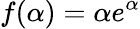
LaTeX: f(\alpha)=\alpha e^{\alpha}